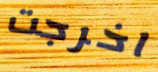
اخرجت